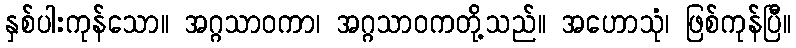
နှစ်ပါးကုန်သော။ အဂ္ဂသာဝကာ၊ အဂ္ဂသာဝကတို့သည်။ အဟောသုံ၊ ဖြစ်ကုန်ပြီ။